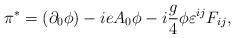
LaTeX: \begin{align*}\pi ^{*}=(\partial _0\phi )-ieA_0\phi -i\frac g4\phi \varepsilon ^{ij}F_{ij}, \end{align*}